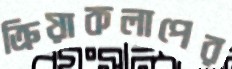
ক্রিয়াকলাপের